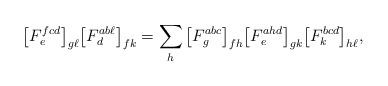
LaTeX: \begin{align*}\big[F^{fcd}_e \big]_{g \ell} \big[ F^{ab\ell}_d\big]_{fk} &= \sum_h \big[ F^{abc}_g \big]_{fh} \big[ F^{ahd}_e \big]_{gk} \big[ F^{bcd}_k \big]_{h\ell},\end{align*}